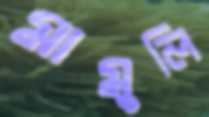
মামুলি